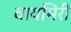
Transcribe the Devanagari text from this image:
वायमिरी